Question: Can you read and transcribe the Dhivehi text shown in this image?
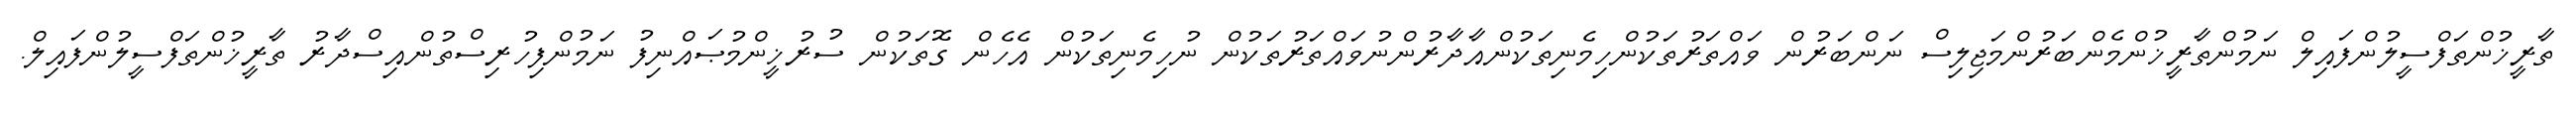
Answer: ތާރީޚުންތަފްސީލުންފައިލް ނަމުންތާރީޚުންމެންބަރުންމަޖިލިސް ނަންބަރުން ވައްތަރުތަކުންހިމެނިތަކުންއާދާރުންނުވައްތަރުތަކުން ނުހިމެނިތަކުން އެހެން ގޮތަކުން ސުރުޚީންމުޞައްނިފު ނަމުންފިހުރިސްތުންއިސްދާރު ތާރީޚުންތަފްސީލުންފައިލް.